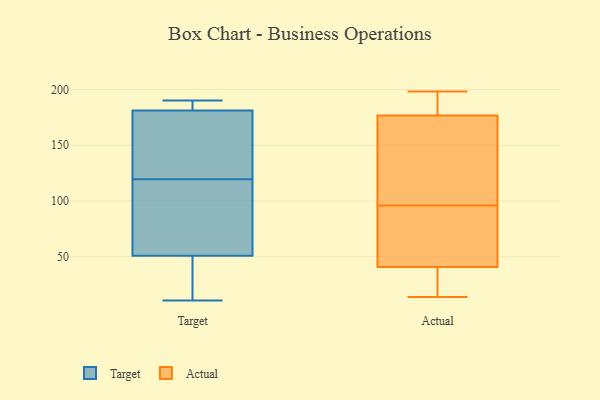
{"axis": {"x": "Gross Profit (USD K)", "y": "Value"}, "legend": ["Actual", "Target"], "data": [{"x": "", "y": 11, "type": "Target"}, {"x": "", "y": 181, "type": "Target"}, {"x": "", "y": 122, "type": "Target"}, {"x": "", "y": 190, "type": "Target"}, {"x": "", "y": 117, "type": "Target"}, {"x": "", "y": 185, "type": "Target"}, {"x": "", "y": 141, "type": "Target"}, {"x": "", "y": 78, "type": "Target"}, {"x": "", "y": 181, "type": "Target"}, {"x": "", "y": 43, "type": "Target"}, {"x": "", "y": 44, "type": "Target"}, {"x": "", "y": 51, "type": "Target"}, {"x": "", "y": 159, "type": "Target"}, {"x": "", "y": 61, "type": "Target"}, {"x": "", "y": 102, "type": "Actual"}, {"x": "", "y": 176, "type": "Actual"}, {"x": "", "y": 14, "type": "Actual"}, {"x": "", "y": 188, "type": "Actual"}, {"x": "", "y": 36, "type": "Actual"}, {"x": "", "y": 39, "type": "Actual"}, {"x": "", "y": 112, "type": "Actual"}, {"x": "", "y": 92, "type": "Actual"}, {"x": "", "y": 43, "type": "Actual"}, {"x": "", "y": 177, "type": "Actual"}, {"x": "", "y": 23, "type": "Actual"}, {"x": "", "y": 186, "type": "Actual"}, {"x": "", "y": 100, "type": "Actual"}, {"x": "", "y": 64, "type": "Actual"}, {"x": "", "y": 198, "type": "Actual"}, {"x": "", "y": 83, "type": "Actual"}]}